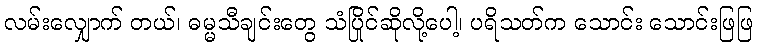
လမ်းလျှောက် တယ်၊ ဓမ္မသီချင်းတွေ သံပြိုင်ဆိုလို့ပေါ့၊ ပရိသတ်က သောင်း သောင်းဖြဖြ